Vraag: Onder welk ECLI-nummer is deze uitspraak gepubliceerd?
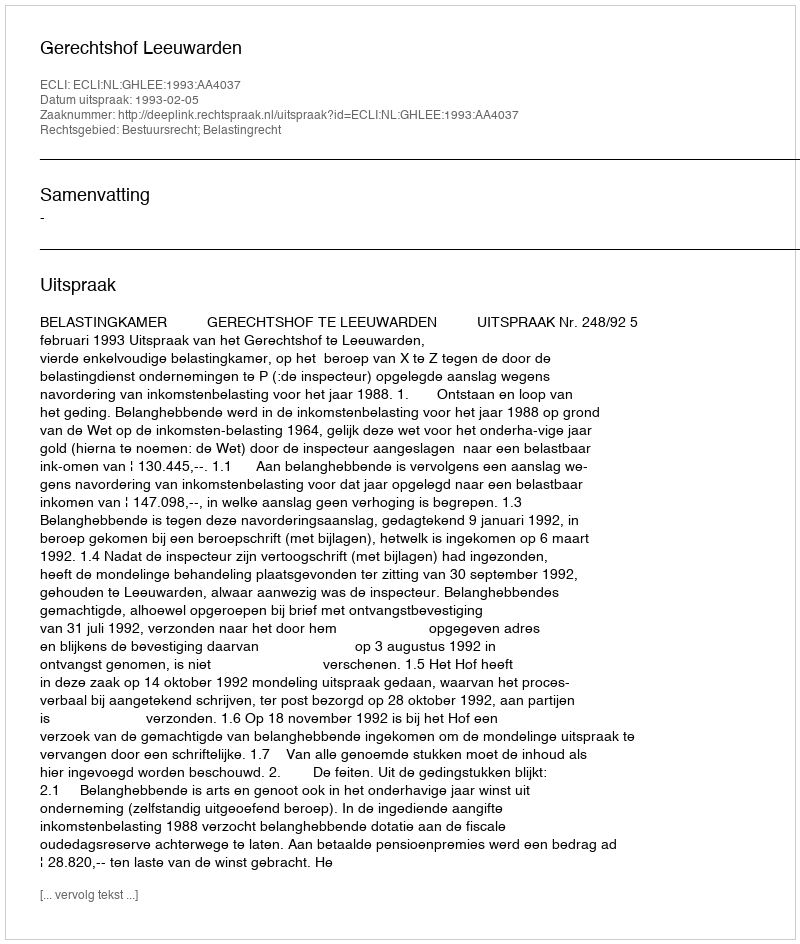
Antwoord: ECLI:NL:GHLEE:1993:AA4037